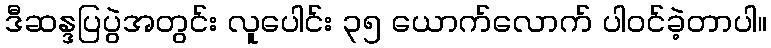
ဒီဆန္ဒပြပွဲအတွင်း လူပေါင်း ၃၅ ယောက်လောက် ပါဝင်ခဲ့တာပါ။